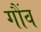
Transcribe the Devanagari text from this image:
गौंव